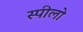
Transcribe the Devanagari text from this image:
स्पीलो